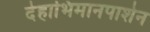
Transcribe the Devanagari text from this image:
देहाभिमानपाशेन